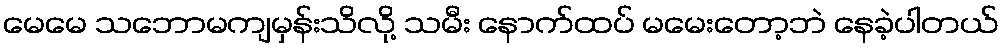
မေမေ သဘောမကျမှန်းသိလို့ သမီး နောက်ထပ် မမေးတော့ဘဲ နေခဲ့ပါတယ်